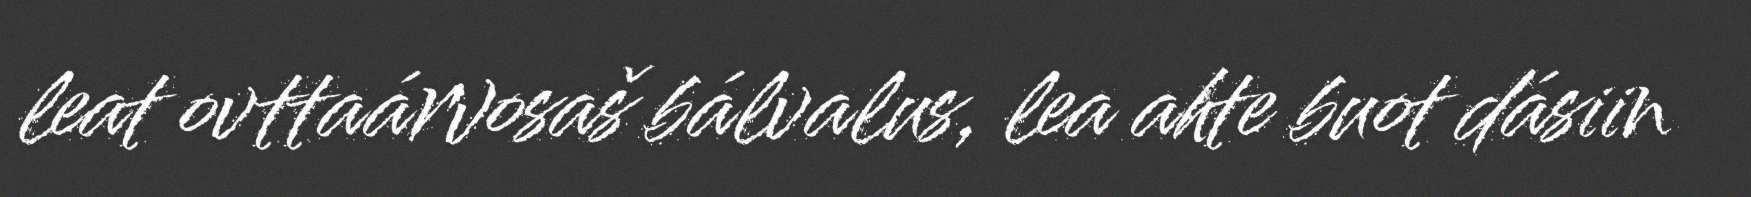
leat ovttaárvosaš bálvalus, lea ahte buot dásiin